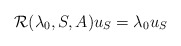
\begin{align*}\mathcal{R}(\lambda_0,S,A)u_S=\lambda_0u_S\end{align*}